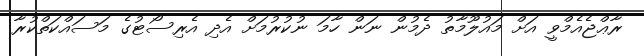
ރާޢްޖެއެމްވީ އަށް މައުލޫމާތު ދެމުން ނަން ހާމަ ނުކުރުމަށް އެދި އެރިސޯޓުގެ މަސައްކަތްކުރާ